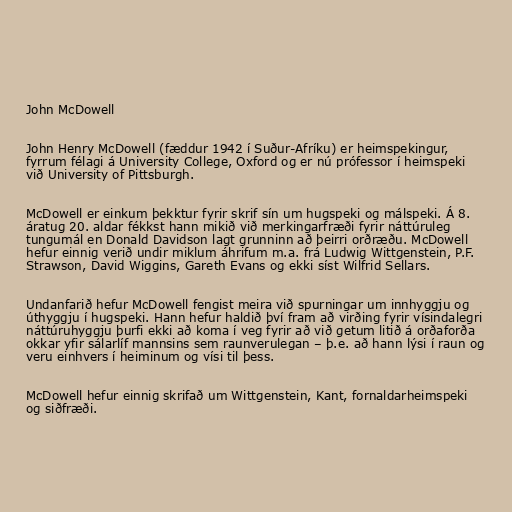
John McDowell

John Henry McDowell (fæddur 1942 í Suður-Afríku) er heimspekingur,
fyrrum félagi á University College, Oxford og er nú prófessor í heimspeki
við University of Pittsburgh.

McDowell er einkum þekktur fyrir skrif sín um hugspeki og málspeki. Á 8.
áratug 20. aldar fékkst hann mikið við merkingarfræði fyrir náttúruleg
tungumál en Donald Davidson lagt grunninn að þeirri orðræðu. McDowell
hefur einnig verið undir miklum áhrifum m.a. frá Ludwig Wittgenstein, P.F.
Strawson, David Wiggins, Gareth Evans og ekki síst Wilfrid Sellars.

Undanfarið hefur McDowell fengist meira við spurningar um innhyggju og
úthyggju í hugspeki. Hann hefur haldið því fram að virðing fyrir vísindalegri
náttúruhyggju þurfi ekki að koma í veg fyrir að við getum litið á orðaforða
okkar yfir sálarlíf mannsins sem raunverulegan – þ.e. að hann lýsi í raun og
veru einhvers í heiminum og vísi til þess.

McDowell hefur einnig skrifað um Wittgenstein, Kant, fornaldarheimspeki
og siðfræði.